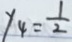
y _ { 4 } = \frac { 1 } { 2 }